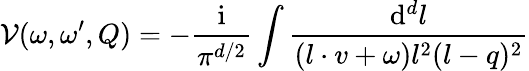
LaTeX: \mathcal{V}(\omega,\omega^{\prime},Q)=-\frac{\mathrm{i}}{\pi^{d/2}}\int\frac{\mathrm{d}^{d}l}{(l\cdot v+\omega)l^{2}(l-q)^{2}}